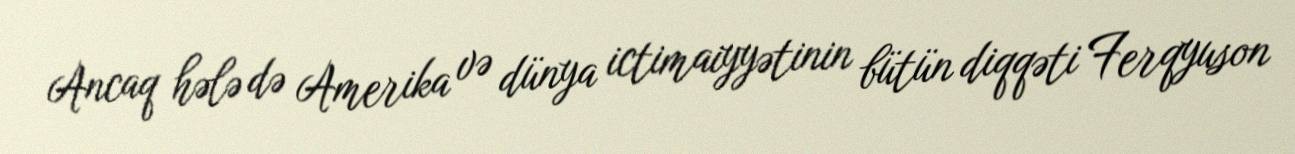
Ancaq hələ də Amerika və dünya ictimaiyyətinin bütün diqqəti Ferqyuson